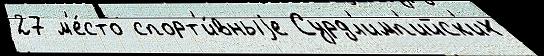
27 м'е́сто спорт'и́вныjе Сурдл'имп'ийск'их